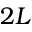
2 L